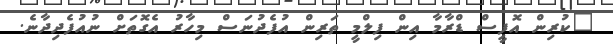
"ކުރިން އޮފީސް ޑްރާމާ އިން ފިލްމީ ތަރިން އުފެދުނަސް މިހާރު އެގޮތަށް ނުއުފެދިދާނެ.